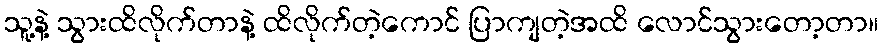
သူ့နဲ့ သွားထိလိုက်တာနဲ့ ထိလိုက်တဲ့ကောင် ပြာကျတဲ့အထိ လောင်သွားတော့တာ။